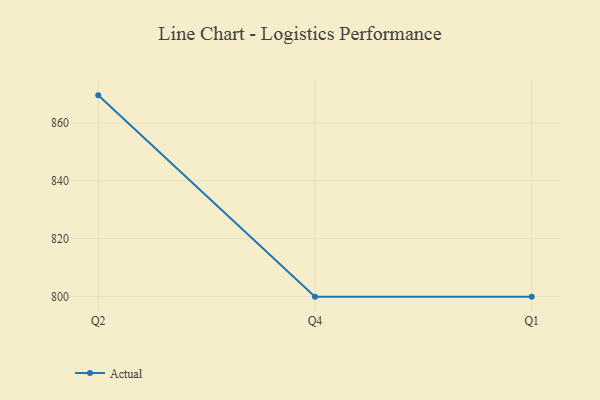
{"axis": {"x": "Quarter", "y": "LTV (USD)"}, "legend": ["Actual"], "data": [{"x": "Q2", "y": 869.5, "type": "Actual"}, {"x": "Q4", "y": 800, "type": "Actual"}, {"x": "Q1", "y": 800, "type": "Actual"}]}